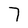
Character: 7